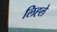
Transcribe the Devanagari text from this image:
लिह्ले